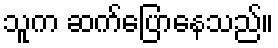
သူက ဆက်ပြောနေသည်။